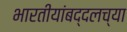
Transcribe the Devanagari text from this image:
भारतीयांबद्दलच्या